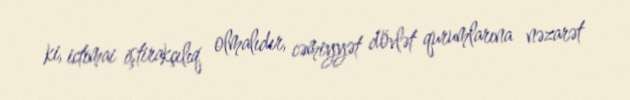
ki, ictimai iştirakçılıq olmalıdır, cəmiyyət dövlət qurumlarına nəzarət